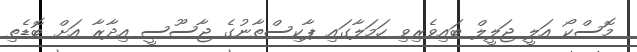
މޮސްކޯ އަލީ ޖަލީލް ބައިވެރިވި ހަމަލާގައި ޕާކިސްތާނުގެ ޖާސޫސީ އިދާރާ އަށް ބޮޑެތި